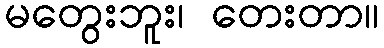
မတွေးဘူး၊ တေးတာ။